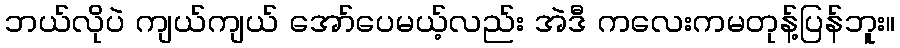
ဘယ်လိုပဲ ကျယ်ကျယ် အော်ပေမယ့်လည်း အဲဒီ ကလေးကမတုန့်ပြန်ဘူး။